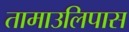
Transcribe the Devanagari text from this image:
तामाउलिपास